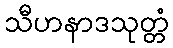
သီဟနာဒသုတ္တံ